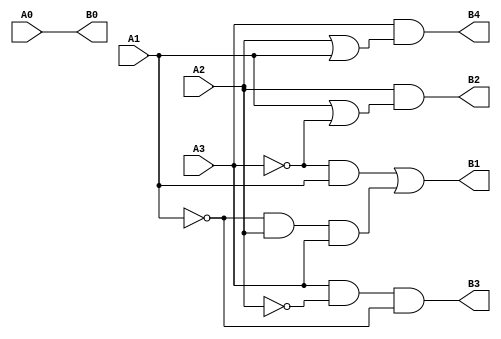
module BIN_BCD2(
	input A0, A1, A2, A3,
	output B0, B1, B2, B3, B4
);



		assign B0 = A0;
		assign B1 = (~A3 & A1) | (~A1 & A2 & A3);
		assign B2 = A2 & (A1 | ~A3);
		assign B3 = A3 & ~A2 & ~A1;
		assign B4 = A3 & (A2 | A1);
	
	endmodule